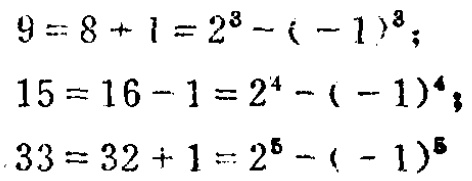
\[

\begin{align*}

9&=8 + 1=2^{3}-(-1)^{3};\\

15&=16 - 1=2^{4}-(-1)^{4};\\

33&=32 + 1=2^{5}-(-1)^{5}

\end{align*}

\]